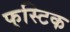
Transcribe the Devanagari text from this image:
फुस्टिक